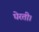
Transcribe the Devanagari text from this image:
घेरती।